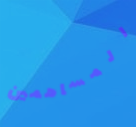
المساهمين